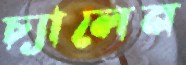
চ্যালেন